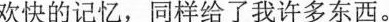
欢快的记忆，同样给了我许多东西。